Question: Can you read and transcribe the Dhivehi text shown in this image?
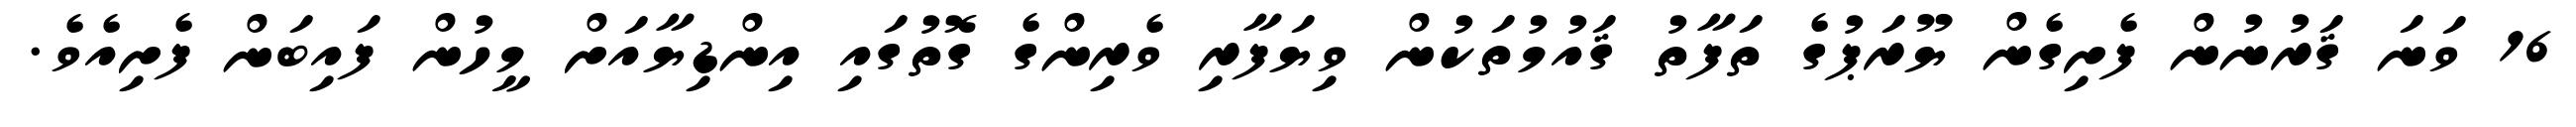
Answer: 16 ވަނަ ޤަރުނުން ފެށިގެން ޔޫރަޕުގެ ތަފާތު ޤައުމުތަކުން ވިޔަފާރި ވެރިންގެ ގޮތުގައި އިންޑިޔާއަށް މީހުން ފައިބަން ފެށިއެވެ.